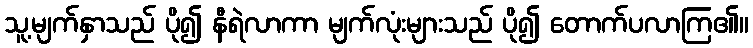
သူ့မျက်နှာသည် ပို၍ နီရဲလာကာ မျက်လုံးများသည် ပို၍ တောက်ပလာကြ၏။